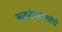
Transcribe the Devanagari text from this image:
बाइदेवबासांचे